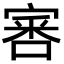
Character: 𡩨